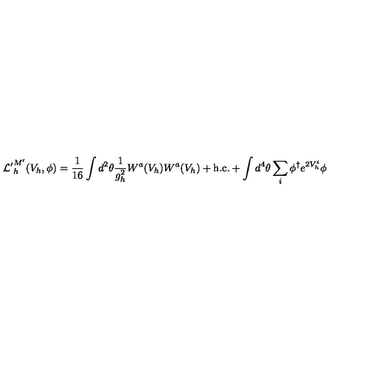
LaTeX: { \cal L ^ { \prime } } _ { h } ^ { M ^ { \prime } } ( V _ { h } , \phi ) = \frac { 1 } { 1 6 } \int d ^ { 2 } \theta \frac { 1 } { g _ { h } ^ { 2 } } W ^ { a } ( V _ { h } ) W ^ { a } ( V _ { h } ) + \mathrm { h . c . } + \int d ^ { 4 } \theta \sum _ { i } \phi ^ { \dagger } e ^ { 2 V _ { h } ^ { i } } \phi